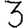
Digit: 3